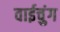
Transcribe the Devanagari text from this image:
वाईचुंग